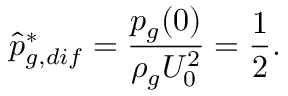
\hat { p } _ { g , d i f } ^ { * } = \frac { p _ { g } ( 0 ) } { \rho _ { g } U _ { 0 } ^ { 2 } } = \frac { 1 } { 2 } .